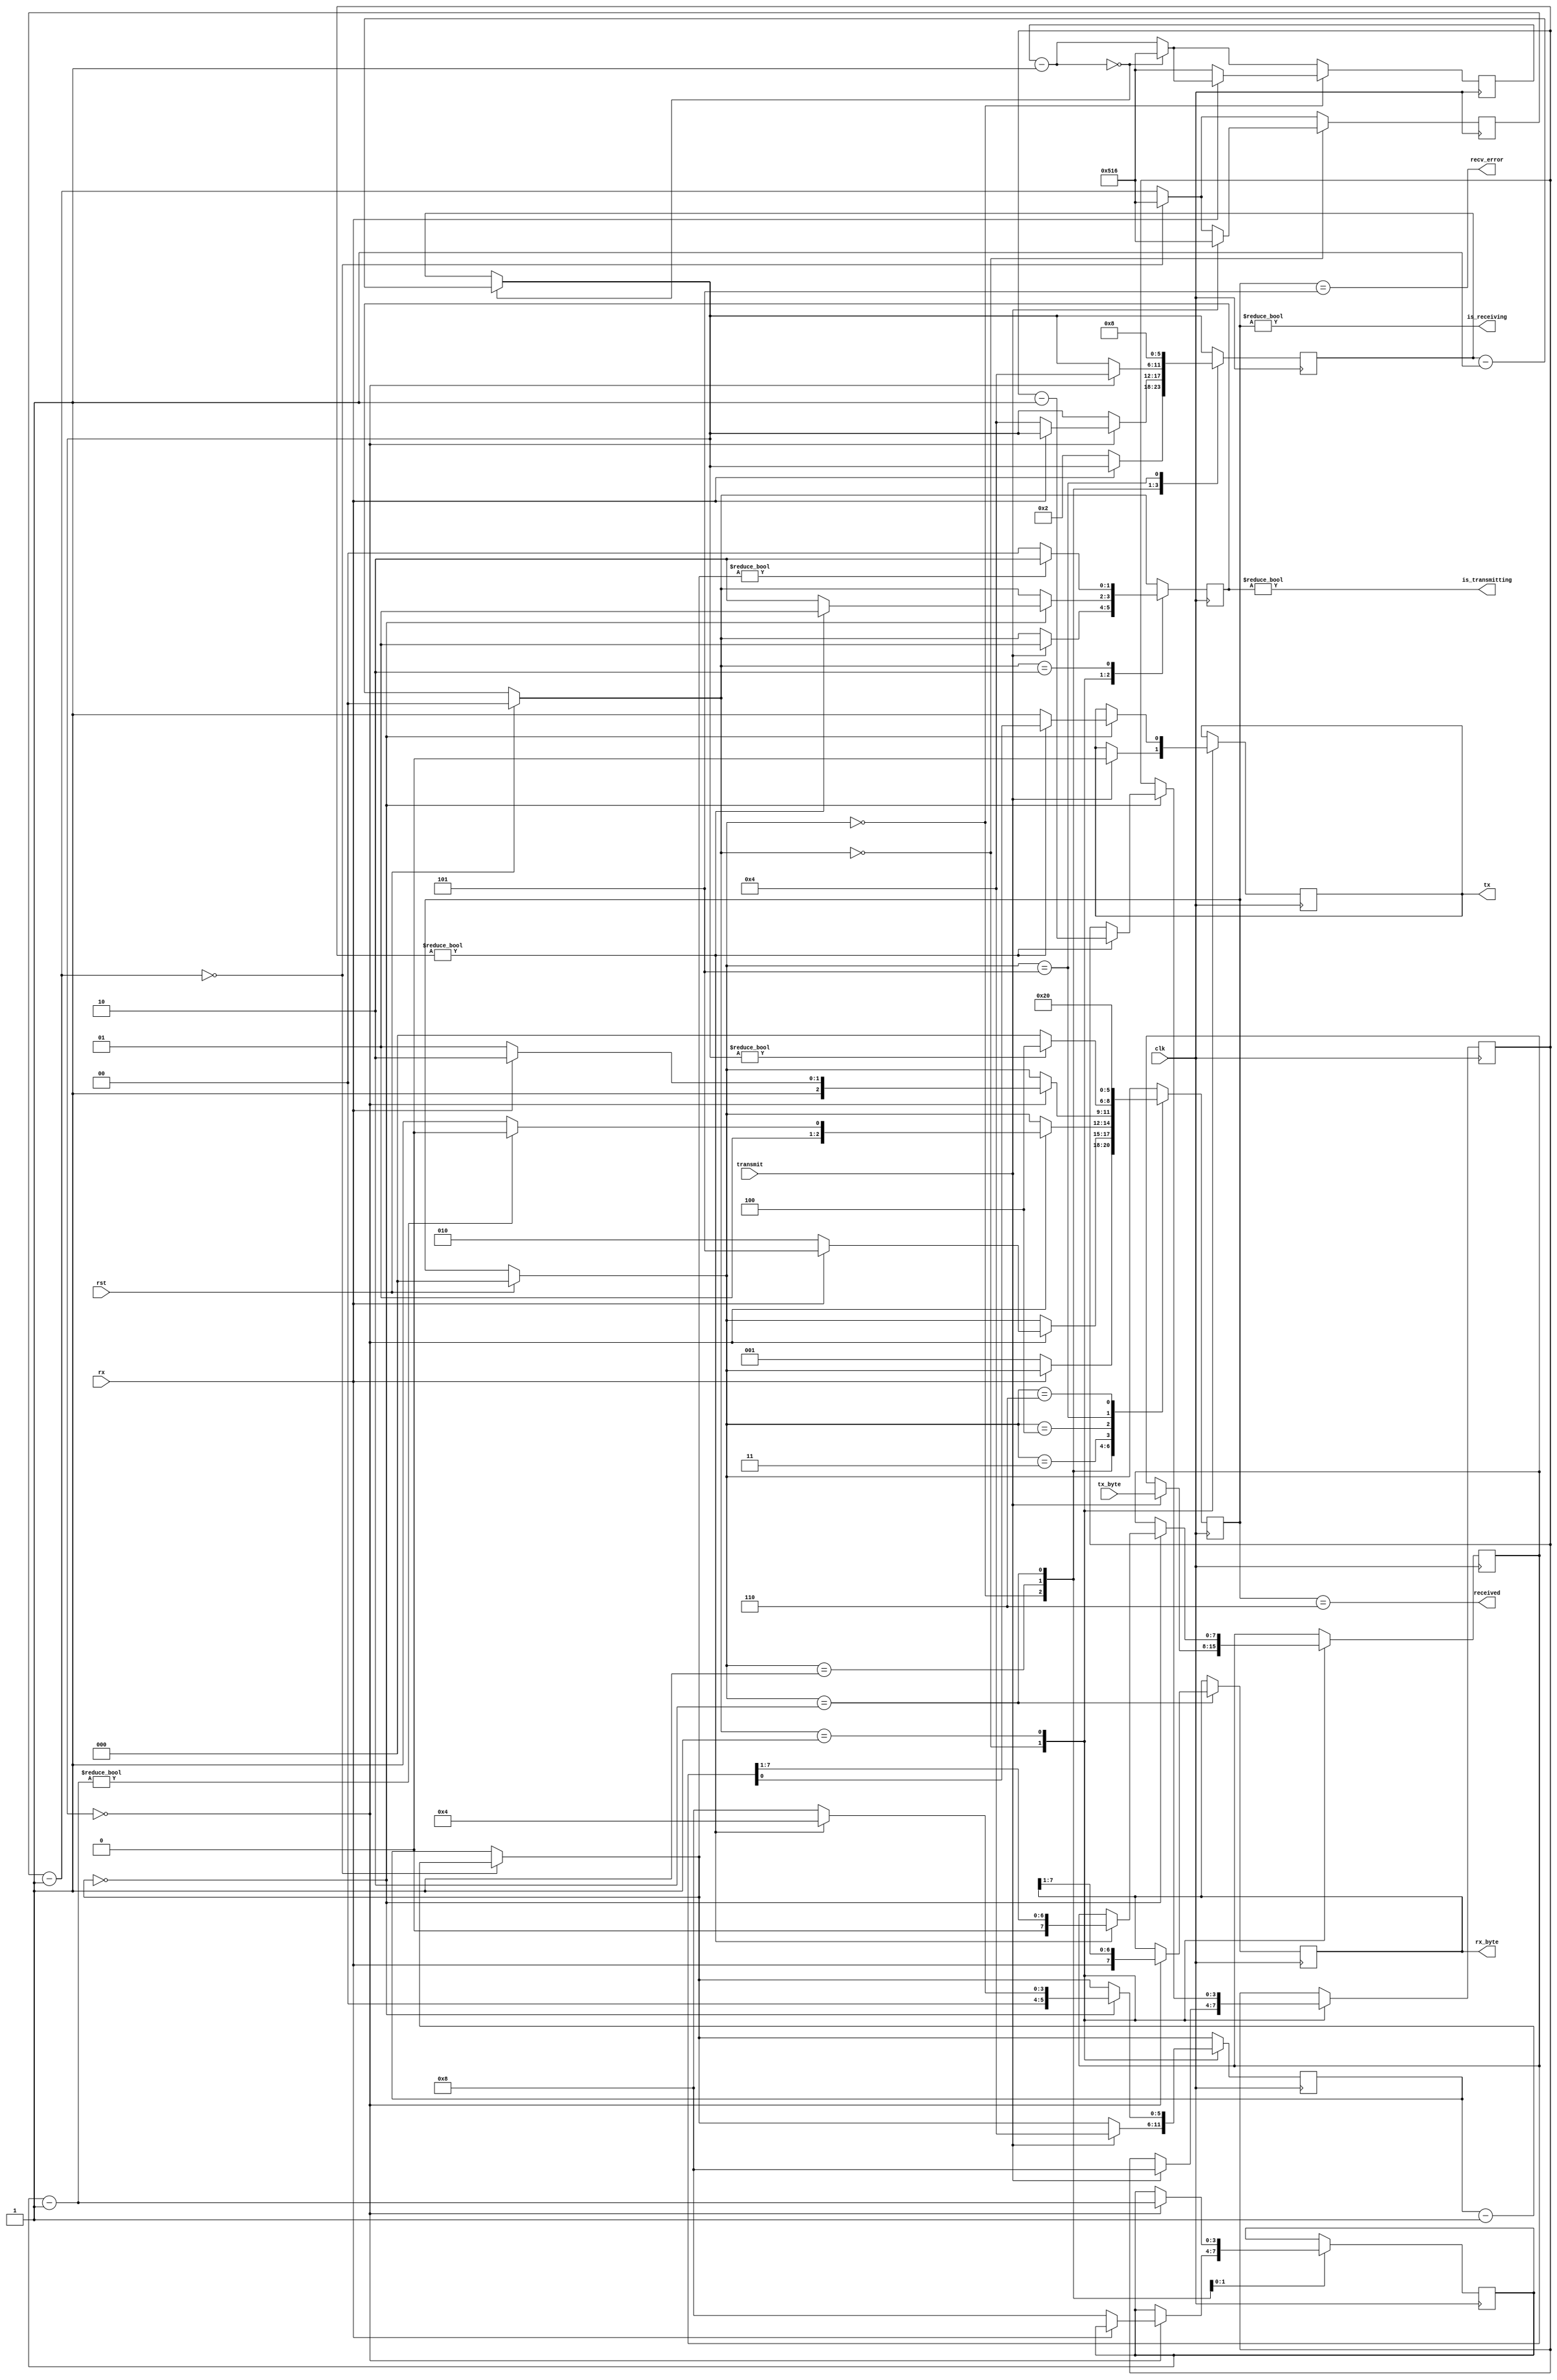
`timescale 1ns / 1ps
`default_nettype none

// Documented Verilog UART
// Copyright (C) 2010 Timothy Goddard (tim@goddard.net.nz)
// Distributed under the MIT licence.
//
// Permission is hereby granted, free of charge, to any person obtaining a copy
// of this software and associated documentation files (the "Software"), to deal
// in the Software without restriction, including without limitation the rights
// to use, copy, modify, merge, publish, distribute, sublicense, and/or sell
// copies of the Software, and to permit persons to whom the Software is
// furnished to do so, subject to the following conditions:
// 
// The above copyright notice and this permission notice shall be included in
// all copies or substantial portions of the Software.
// 
// THE SOFTWARE IS PROVIDED "AS IS", WITHOUT WARRANTY OF ANY KIND, EXPRESS OR
// IMPLIED, INCLUDING BUT NOT LIMITED TO THE WARRANTIES OF MERCHANTABILITY,
// FITNESS FOR A PARTICULAR PURPOSE AND NONINFRINGEMENT. IN NO EVENT SHALL THE
// AUTHORS OR COPYRIGHT HOLDERS BE LIABLE FOR ANY CLAIM, DAMAGES OR OTHER
// LIABILITY, WHETHER IN AN ACTION OF CONTRACT, TORT OR OTHERWISE, ARISING FROM,
// OUT OF OR IN CONNECTION WITH THE SOFTWARE OR THE USE OR OTHER DEALINGS IN
// THE SOFTWARE.
// 

module uart#(
	parameter CLOCK_DIVIDE = 1302 // clock rate (50Mhz) / (baud rate (9600) * 4)
) (
	input wire clk, // The master clock for this module
	input wire rst, // Synchronous reset.
	input wire rx, // Incoming serial line
	output wire tx, // Outgoing serial line
	input wire transmit, // Signal to transmit
	input wire [7:0] tx_byte, // Byte to transmit
	output wire received, // Indicated that a byte has been received.
	output wire [7:0] rx_byte, // Byte received
	output wire is_receiving, // Low when receive line is idle.
	output wire is_transmitting, // Low when transmit line is idle.
	output wire recv_error // Indicates error in receiving packet.
);
 
// States for the receiving state machine.
// These are just constants, not parameters to override.
localparam RX_IDLE = 0;
localparam RX_CHECK_START = 1;
localparam RX_READ_BITS = 2;
localparam RX_CHECK_STOP = 3;
localparam RX_DELAY_RESTART = 4;
localparam RX_ERROR = 5;
localparam RX_RECEIVED = 6;
 
// States for the transmitting state machine.
// Constants - do not override.
localparam TX_IDLE = 0;
localparam TX_SENDING = 1;
localparam TX_DELAY_RESTART = 2;
 
reg [10:0] rx_clk_divider = CLOCK_DIVIDE;
reg [10:0] tx_clk_divider = CLOCK_DIVIDE;
 
reg [2:0] recv_state = RX_IDLE;
reg [5:0] rx_countdown;
reg [3:0] rx_bits_remaining;
reg [7:0] rx_data;
 
reg tx_out = 1'b1;
reg [1:0] tx_state = TX_IDLE;
reg [5:0] tx_countdown;
reg [3:0] tx_bits_remaining;
reg [7:0] tx_data;
 
assign received = recv_state == RX_RECEIVED;
assign recv_error = recv_state == RX_ERROR;
assign is_receiving = recv_state != RX_IDLE;
assign rx_byte = rx_data;
 
assign tx = tx_out;
assign is_transmitting = tx_state != TX_IDLE;
 
always @(posedge clk) begin
	if (rst) begin
		recv_state = RX_IDLE;
		tx_state = TX_IDLE;
	end
 
	// The clk_divider counter counts down from
	// the CLOCK_DIVIDE constant. Whenever it
	// reaches 0, 1/16 of the bit period has elapsed.
	// Countdown timers for the receiving and transmitting
	// state machines are decremented.
	rx_clk_divider = rx_clk_divider - 1;
	if (!rx_clk_divider) begin
		rx_clk_divider = CLOCK_DIVIDE;
		rx_countdown = rx_countdown - 1;
	end
	tx_clk_divider = tx_clk_divider - 1;
	if (!tx_clk_divider) begin
		tx_clk_divider = CLOCK_DIVIDE;
		tx_countdown = tx_countdown - 1;
	end
 
	// Receive state machine
	case (recv_state)
		RX_IDLE: begin
			// A low pulse on the receive line indicates the
			// start of data.
			if (!rx) begin
				// Wait half the period - should resume in the
				// middle of this first pulse.
				rx_clk_divider = CLOCK_DIVIDE;
				rx_countdown = 2;
				recv_state = RX_CHECK_START;
			end
		end
		RX_CHECK_START: begin
			if (!rx_countdown) begin
				// Check the pulse is still there
				if (!rx) begin
					// Pulse still there - good
					// Wait the bit period to resume half-way
					// through the first bit.
					rx_countdown = 4;
					rx_bits_remaining = 8;
					recv_state = RX_READ_BITS;
				end else begin
					// Pulse lasted less than half the period -
					// not a valid transmission.
					recv_state = RX_ERROR;
				end
			end
		end
		RX_READ_BITS: begin
			if (!rx_countdown) begin
				// Should be half-way through a bit pulse here.
				// Read this bit in, wait for the next if we
				// have more to get.
				rx_data = {rx, rx_data[7:1]};
				rx_countdown = 4;
				rx_bits_remaining = rx_bits_remaining - 1;
				recv_state = rx_bits_remaining ? RX_READ_BITS : RX_CHECK_STOP;
			end
		end
		RX_CHECK_STOP: begin
			if (!rx_countdown) begin
				// Should resume half-way through the stop bit
				// This should be high - if not, reject the
				// transmission and signal an error.
				recv_state = rx ? RX_RECEIVED : RX_ERROR;
			end
		end
		RX_DELAY_RESTART: begin
			// Waits a set number of cycles before accepting
			// another transmission.
			recv_state = rx_countdown ? RX_DELAY_RESTART : RX_IDLE;
		end
		RX_ERROR: begin
			// There was an error receiving.
			// Raises the recv_error flag for one clock
			// cycle while in this state and then waits
			// 2 bit periods before accepting another
			// transmission.
			rx_countdown = 8;
			recv_state = RX_DELAY_RESTART;
		end
		RX_RECEIVED: begin
			// Successfully received a byte.
			// Raises the received flag for one clock
			// cycle while in this state.
			recv_state = RX_IDLE;
		end
	endcase
 
	// Transmit state machine
	case (tx_state)
		TX_IDLE: begin
			if (transmit) begin
				// If the transmit flag is raised in the idle
				// state, start transmitting the current content
				// of the tx_byte input.
				tx_data = tx_byte;
				// Send the initial, low pulse of 1 bit period
				// to signal the start, followed by the data
				tx_clk_divider = CLOCK_DIVIDE;
				tx_countdown = 4;
				tx_out = 0;
				tx_bits_remaining = 8;
				tx_state = TX_SENDING;
			end
		end
		TX_SENDING: begin
			if (!tx_countdown) begin
				if (tx_bits_remaining) begin
					tx_bits_remaining = tx_bits_remaining - 1;
					tx_out = tx_data[0];
					tx_data = {1'b0, tx_data[7:1]};
					tx_countdown = 4;
					tx_state = TX_SENDING;
				end else begin
					// Set delay to send out 2 stop bits.
					tx_out = 1;
					tx_countdown = 8;
					tx_state = TX_DELAY_RESTART;
				end
			end
		end
		TX_DELAY_RESTART: begin
			// Wait until tx_countdown reaches the end before
			// we send another transmission. This covers the
			// "stop bit" delay.
			tx_state = tx_countdown ? TX_DELAY_RESTART : TX_IDLE;
		end
	endcase
end
 
endmodule